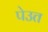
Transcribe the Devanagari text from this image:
पेउत